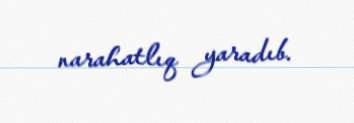
narahatlıq yaradıb.